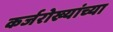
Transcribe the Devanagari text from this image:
कर्जरोख्यांच्या